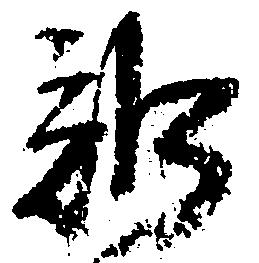
訴